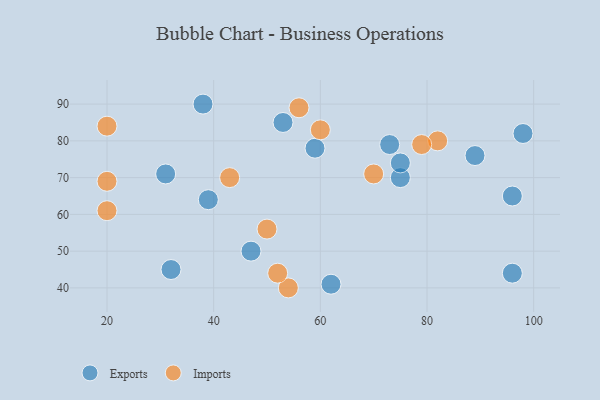
{"axis": {"x": "GDP", "y": "Life Expectancy"}, "legend": ["Exports", "Imports"], "data": [{"x": "31", "y": 71, "type": "Exports"}, {"x": "39", "y": 64, "type": "Exports"}, {"x": "96", "y": 65, "type": "Exports"}, {"x": "73", "y": 79, "type": "Exports"}, {"x": "38", "y": 90, "type": "Exports"}, {"x": "62", "y": 41, "type": "Exports"}, {"x": "32", "y": 45, "type": "Exports"}, {"x": "89", "y": 76, "type": "Exports"}, {"x": "59", "y": 78, "type": "Exports"}, {"x": "75", "y": 70, "type": "Exports"}, {"x": "47", "y": 50, "type": "Exports"}, {"x": "53", "y": 85, "type": "Exports"}, {"x": "96", "y": 44, "type": "Exports"}, {"x": "98", "y": 82, "type": "Exports"}, {"x": "75", "y": 74, "type": "Exports"}, {"x": "56", "y": 89, "type": "Imports"}, {"x": "82", "y": 80, "type": "Imports"}, {"x": "50", "y": 56, "type": "Imports"}, {"x": "60", "y": 83, "type": "Imports"}, {"x": "54", "y": 40, "type": "Imports"}, {"x": "20", "y": 69, "type": "Imports"}, {"x": "79", "y": 79, "type": "Imports"}, {"x": "43", "y": 70, "type": "Imports"}, {"x": "20", "y": 61, "type": "Imports"}, {"x": "70", "y": 71, "type": "Imports"}, {"x": "20", "y": 84, "type": "Imports"}, {"x": "52", "y": 44, "type": "Imports"}]}